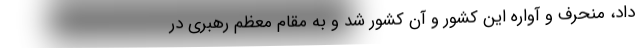
داد، منحرف و آواره این کشور و آن کشور شد و به مقام معظم رهبری در